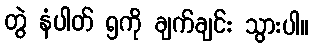
တွဲ နံပါတ် ၅ကို ချက်ချင်း သွားပါ။